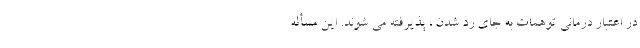
در اعتبار درمانی توهمات به جای رد شدن ، پذیرفته می شوند. این مسأله